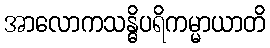
အာလောကသန္ဓိပရိကမ္မာယာတိ